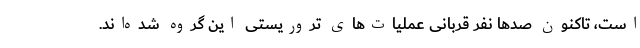
است، تاکنون صدها نفر قربانی عملیات‌های تروریستی این گروه شده‌اند.